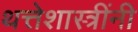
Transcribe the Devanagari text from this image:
थत्तेशास्त्रींनी